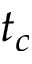
t _ { c }